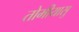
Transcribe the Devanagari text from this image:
तोमीयासु